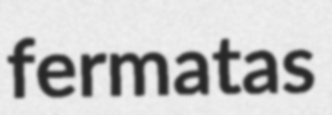
fermatas